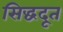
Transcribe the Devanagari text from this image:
सिद्धदूत